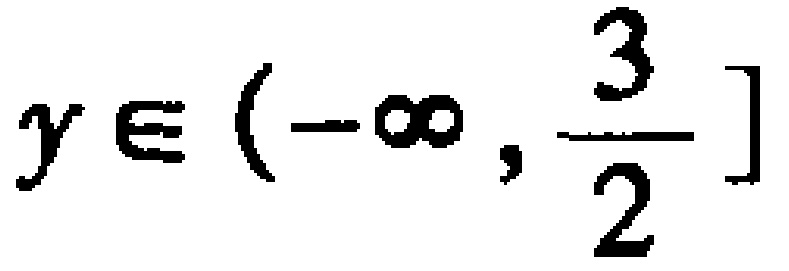
$y\in (-\infty,\frac{3}{2}]$